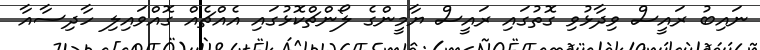
ނައިބު ރައީސް ވިދާޅުވި ގޮތުގައި ރައީސް ޔާމީންގެ ލޯންޗްކޮޅުގައި އެއްޗެއް ގޮއްވައިލި ހާދިސާއާ